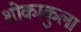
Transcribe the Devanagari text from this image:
शोकाकुला